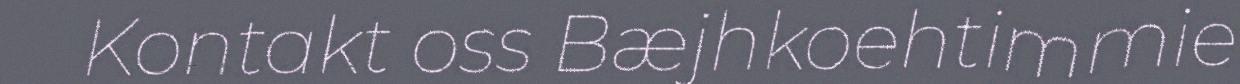
Kontakt oss Bæjhkoehtimmie